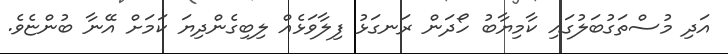
އަދި މުސްތަގުބަލުގައި ކާމިޔާބު ހޯދަން ރަނގަޅު ފިލާވަޅެއް ލިބިގެންދިޔަ ކަމަށް އޭނާ ބުންޏެވެ.